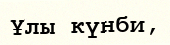
Ұлы күнби,